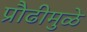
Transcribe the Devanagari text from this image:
प्रौढीमुळे